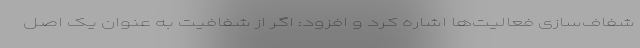
شفاف‌سازی فعالیت‌ها اشاره کرد و افزود: اگر از شفافیت به عنوان یک اصل